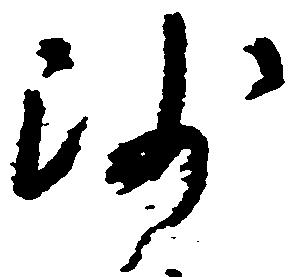
沙